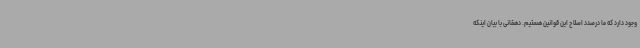
وجود دارد که ما درصدد اصلاح این قوانین هستیم. دهقانی با بیان اینکه